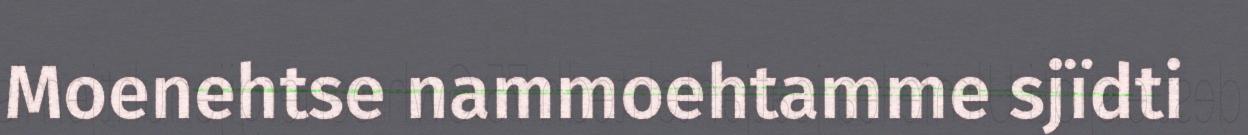
Moenehtse nammoehtamme sjïdti